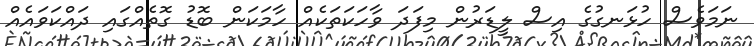
ނަމަވެސް ހުޅަނގުގެ އިސް ލީޑަރުން މިފަދަ ވާހަކަތަކެއް ހާމަކަން ބޮޑު ގޮތެއްގައި ދައްކަވައެއް